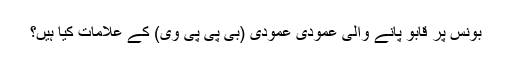
بونس پر قابو پانے والی عمودی عمودی (بی پی پی وی) کے علامات کیا ہیں؟